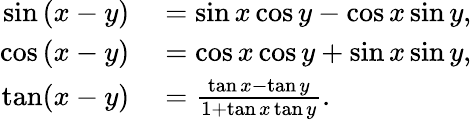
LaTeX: \begin{array}{rl}{\sin\left(x-y\right)}&{{}=\sin x\cos y-\cos x\sin y,}\\ {\cos\left(x-y\right)}&{{}=\cos x\cos y+\sin x\sin y,}\\ {\tan(x-y)}&{{}={\frac{\tan x-\tan y}{1+\tan x\tan y}}.}\end{array}